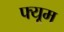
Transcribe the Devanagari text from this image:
फ्यूम